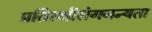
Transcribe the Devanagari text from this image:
प्रतिरक्षीरोगजन्यता